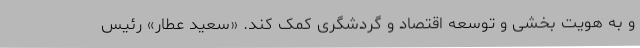
و به هویت بخشی و توسعه اقتصاد و گردشگری کمک کند. «سعید عطار» رئیس